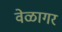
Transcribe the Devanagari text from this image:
वेळागर